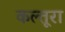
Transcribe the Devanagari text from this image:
कल्तूरा